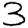
Digit: 3